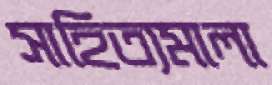
সাহিত্যমালা